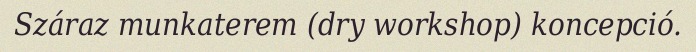
Száraz munkaterem (dry workshop) koncepció.